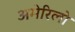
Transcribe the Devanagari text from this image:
अमेरिलो